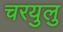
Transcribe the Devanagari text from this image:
चरयुलु